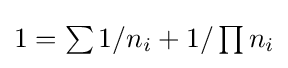
{\textstyle 1=\sum 1/n_{i}+1/\prod n_{i}}